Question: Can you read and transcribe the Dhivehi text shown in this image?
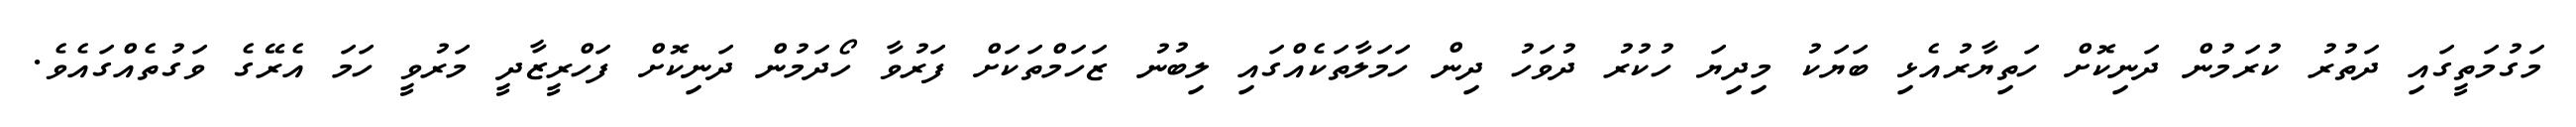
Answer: މަގުމަތީގައި ދަތުރު ކުރަމުން ދަނިކޮށް ހަތިޔާރުއެޅި ބަޔަކު މިދިޔަ ހުކުރު ދުވަހު ދިން ހަމަލާތަކެއްގައި ލިބުނު ޒަހަމްތަކަށް ފަރުވާ ހޯދަމުން ދަނިކޮށް ފަހްރީޒާދީ މަރުވީ ހަމަ އެރޭގެ ވަގުތެއްގައެވެ.